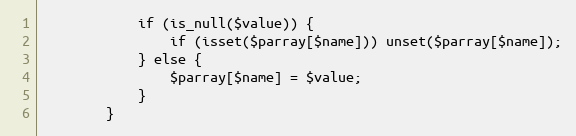
Language: PHP
			if (is_null($value)) {
				if (isset($parray[$name])) unset($parray[$name]);
			} else {
				$parray[$name] = $value;
			}
		}